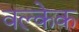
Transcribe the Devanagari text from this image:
वल्केक